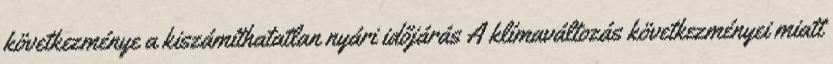
következménye a kiszámíthatatlan nyári időjárás A klímaváltozás következményei miatt